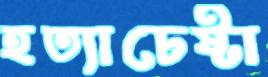
হত্যাচেষ্টা